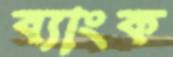
ব্যাংক